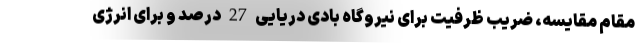
مقام مقایسه، ضریب ظرفیت برای نیروگاه بادی دریایی 27 درصد و برای انرژی